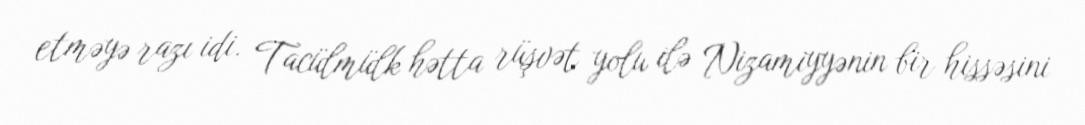
etməyə razı idi. Tacülmülk hətta rüşvət yolu ilə Nizamiyyənin bir hissəsini